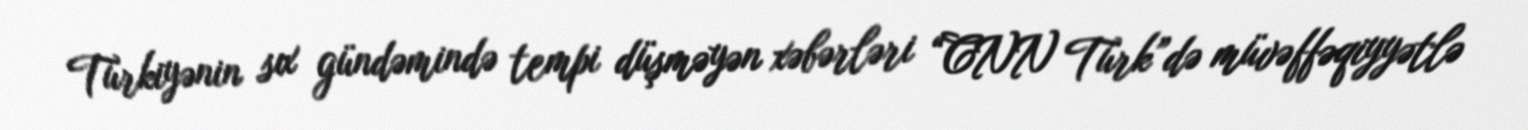
Türkiyənin sıx gündəmində tempi düşməyən xəbərləri “CNN Türk”də müvəffəqiyyətlə